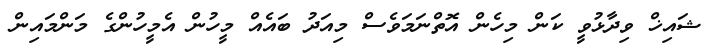
ޝައިޚް ވިދާޅުވީ ކަން މިހެން އޮތްނަމަވެސް މިއަދު ބައެއް މީހުން އެމީހުންގެ މަންމައިން